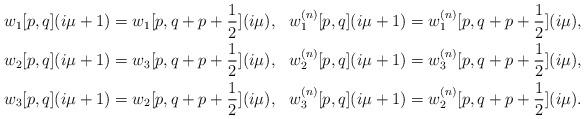
LaTeX: \begin{align*}w_{1}[p,q](i\mu+1) &= w_{1}[p,q+p+\frac{1}{2}](i\mu), &w_{1}^{(n)}[p,q](i\mu+1)&= w_{1}^{(n)}[p,q+p+\frac{1}{2}](i\mu), \\ w_{2}[p,q](i\mu+1) &= w_{3}[p,q+p+\frac{1}{2}](i\mu), & w_{2}^{(n)}[p,q](i\mu+1) &=w_{3}^{(n)}[p,q+p+\frac{1}{2}](i\mu), \\w_{3}[p,q](i\mu+1) &= w_{2}[p,q+p+\frac{1}{2}](i\mu), &w_{3}^{(n)}[p,q](i\mu+1)&=w_{2}^{(n)}[p,q+p+\frac{1}{2}](i\mu).\end{align*}